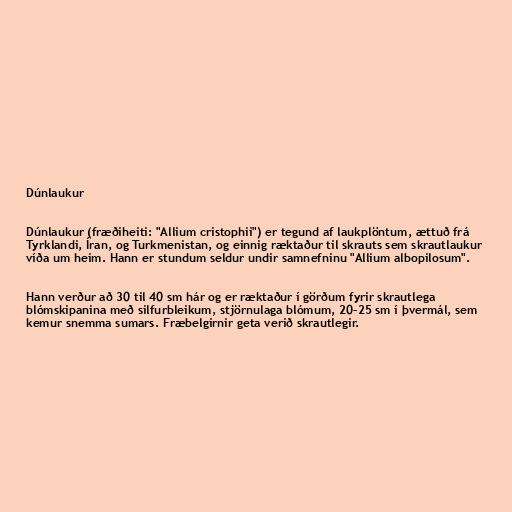
Dúnlaukur

Dúnlaukur (fræðiheiti: "Allium cristophii") er tegund af laukplöntum, ættuð frá
Tyrklandi, Íran, og Turkmenistan, og einnig ræktaður til skrauts sem skrautlaukur
víða um heim. Hann er stundum seldur undir samnefninu "Allium albopilosum".

Hann verður að 30 til 40 sm hár og er ræktaður í görðum fyrir skrautlega
blómskipanina með silfurbleikum, stjörnulaga blómum, 20–25 sm í þvermál, sem
kemur snemma sumars. Fræbelgirnir geta verið skrautlegir.